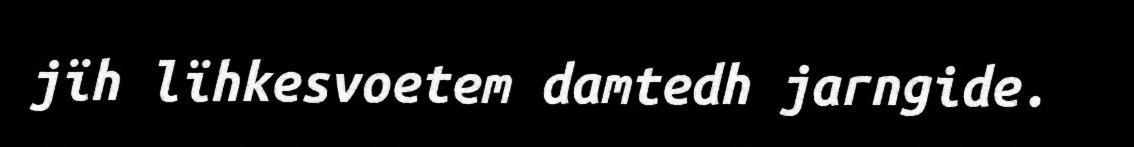
jïh lïhkesvoetem damtedh jarngide.